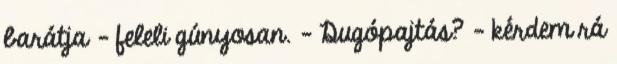
barátja - feleli gúnyosan. - Dugópajtás? - kérdem rá